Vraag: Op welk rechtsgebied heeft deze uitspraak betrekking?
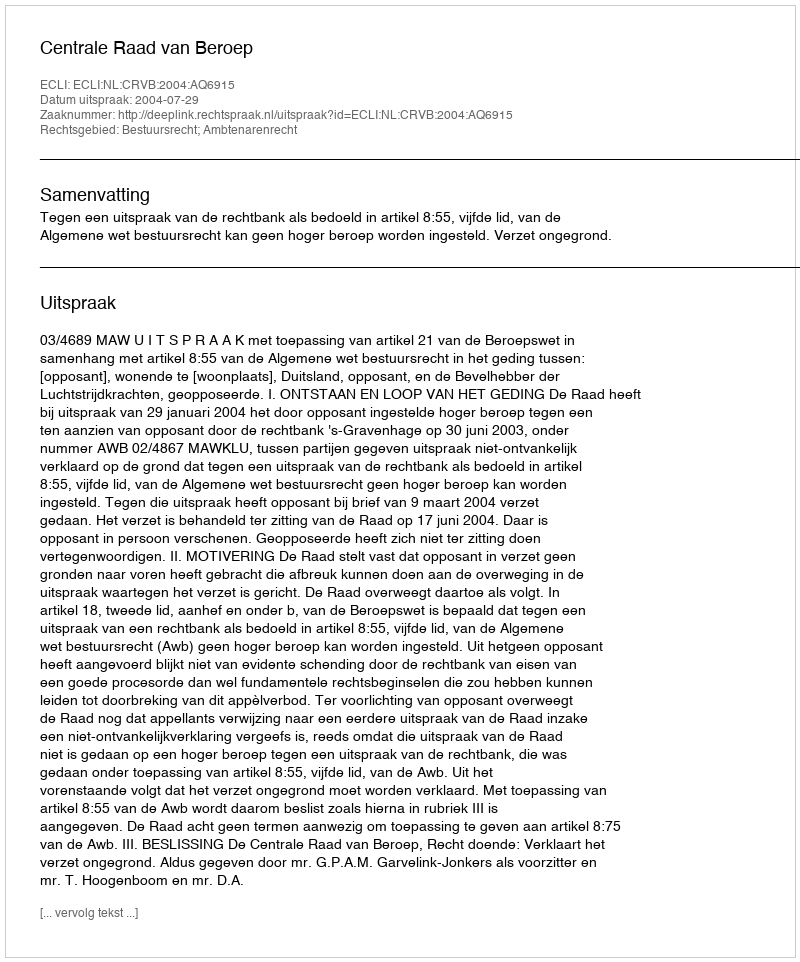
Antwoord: Bestuursrecht; Ambtenarenrecht